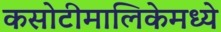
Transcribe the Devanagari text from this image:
कसोटीमालिकेमध्ये